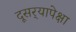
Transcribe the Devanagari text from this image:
दूसर्‍यापेक्षा